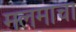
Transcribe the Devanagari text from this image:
मलमाचा